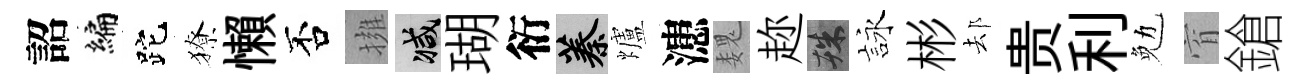
詔编跎獠懶否擁减瑚衍蓁爐漶魏趂殊詠彬𨚫贵利勉窅鎗